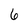
Character: 6